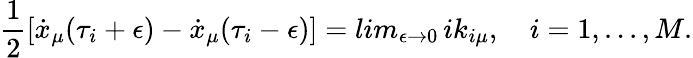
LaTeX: {\frac{1}{2}}[\dot{x}_{\mu}(\tau_{i}+\epsilon)-\dot{x}_{\mu}(\tau_{i}-\epsilon)]=lim_{\epsilon\rightarrow 0}\, ik_{i\mu},\quad i=1,...,M.